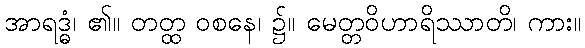
အာရဒ္ဓံ၊ ၏။ တတ္ထ ဝစနေ၊ ၌။ မေတ္တဝိဟာရိဿာတိ၊ ကား။